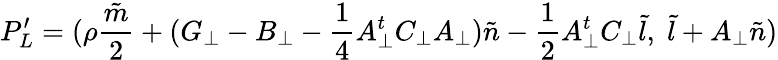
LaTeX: P_{L}^{\prime}=({\rho}\frac{\tilde{m}}{2}+(G_{\bot}-B_{\bot}-\frac{1}{4}A_{\bot}^{t}C_{\bot}A_{\bot}){\tilde{n}}-\frac{1}{2}A_{\bot}^{t}C_{\bot}{\tilde{l}},\; {\tilde{l}}+A_{\bot}{\tilde{n}})